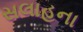
સલાહના